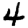
Digit: 4